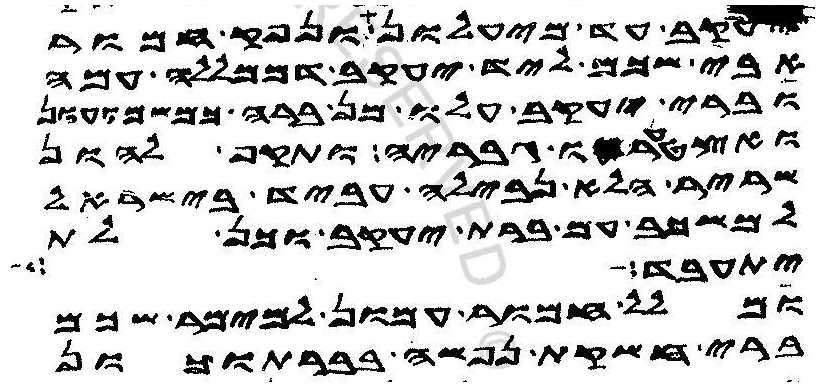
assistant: יעקב עד מיעלון ונפק חמור
אבי שכם ליד יעקב דממללה עמה
וברי יעקב עלו מן ברה כמשמועון
ואצטערו גבריה ותקף להון
שריר הלא נבילה עביד בישראל
למשכב עם ברת יעקב וכן לת
יתעבד
ומלל חמור עמון למימר שכם
ברי חשקת נפשה בברתוכון